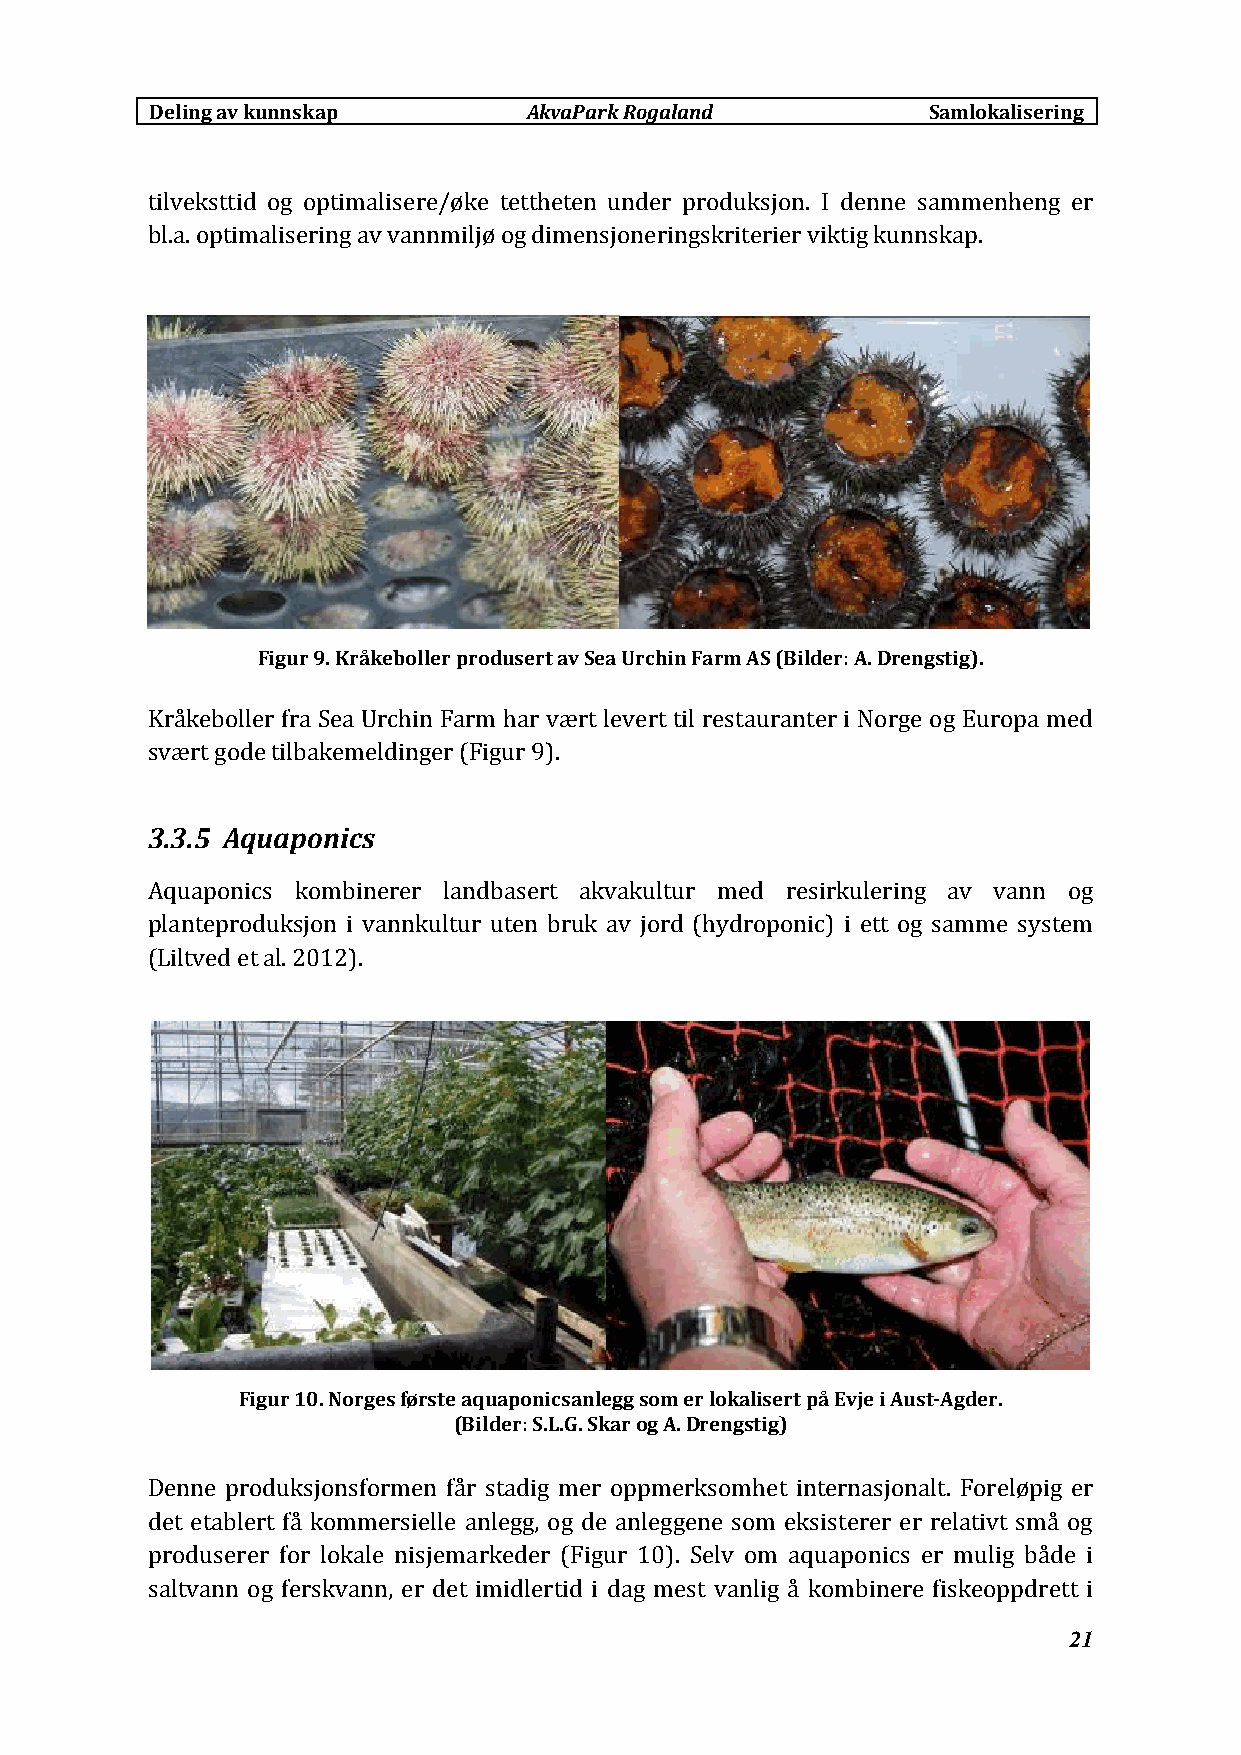
Deling av kunnskap       AkvaParkRogaland          Samlokalisering
 tilveksttid og optimalisere/øke tettheten under produksjon. I denne sammenheng er
 bl.a. optimalisering av vannmiljø og dimensjoneringskriterier viktig kunnskap.
 Figur 9. Kråkeboller produsert av Sea Urchin Farm AS (Bilder: A. Drengstig).
 Kråkeboller fra Sea Urchin Farm har vært levert til restauranter i Norge og Europa med
 svært gode tilbakemeldinger (Figur 9).
 3.3.5 Aquaponics
 Aquaponics kombinerer landbasert akvakultur med resirkulering av vann og
 planteproduksjon i vannkultur uten bruk av jord (hydroponic) i ett og samme system
 (Liltved et al. 2012).
 Figur 10. Norges første aquaponicsanlegg som er lokalisert på Evje i Aust‐Agder.
 (Bilder: S.L.G. Skar og A. Drengstig)
 Denne produksjonsformen får stadig mer oppmerksomhet internasjonalt. Foreløpig er
 det etablert få kommersielle anlegg, og de anleggene som eksisterer er relativt små og
 produserer for lokale nisjemarkeder (Figur 10). Selv om aquaponics er mulig både i
 saltvann og ferskvann, er det imidlertid i dag mest vanlig å kombinere fiskeoppdrett i
 21